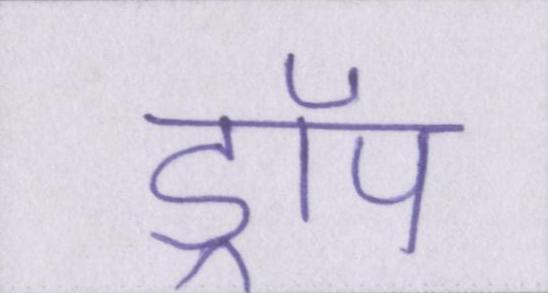
ड्रॉप